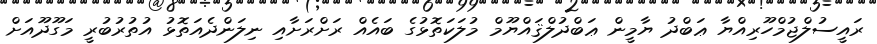
ރައީސުލްޖުމްހޫރިއްޔާ ޢަބްދު ޔާމީން ޢަބްދުލްޤައްޔޫމް މުލަކަތޮޅުގެ ބައެއް ރަށްރަށާއި ނިލަންދެއަތޮޅު އުތުރުބުރީ މަގޫދޫއަށް